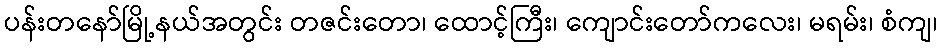
ပန်းတနော်မြို့နယ်အတွင်း တဇင်းတော၊ ထောင့်ကြီး၊ ကျောင်းတော်ကလေး၊ မရမ်း၊ စံကျ၊